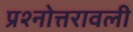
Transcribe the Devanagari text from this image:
प्रश्नोत्तरावली